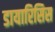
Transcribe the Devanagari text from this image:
डायारिसिस